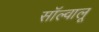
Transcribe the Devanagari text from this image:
सॉल्वालू